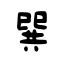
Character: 巽